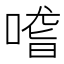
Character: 𠺳